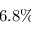
6 . 8 \%